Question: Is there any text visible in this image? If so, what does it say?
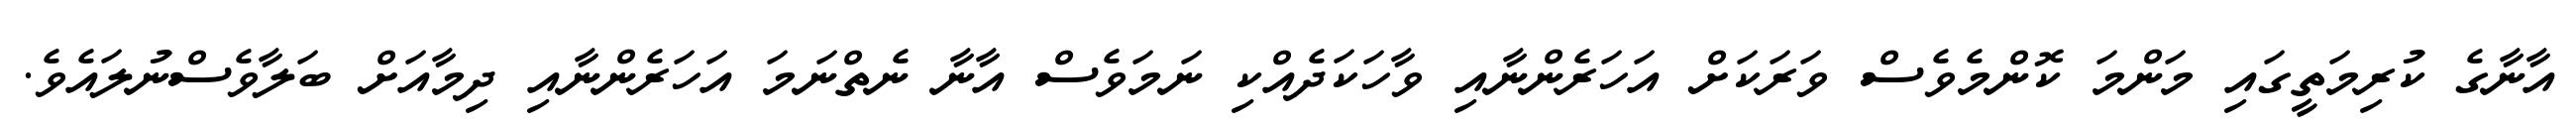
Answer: އާނާގެ ކުރިމަތީގައި މަންމަ ކޮންމެވެސް ވަރަކަށް އަހަރެންނާއި ވާހަކަދެއްކި ނަމަވެސް އާނާ ނެތްނަމަ އަހަރެންނާއި ދިމާއަށް ބަލާވެސްނުލައެވެ.